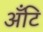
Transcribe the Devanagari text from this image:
अँटि